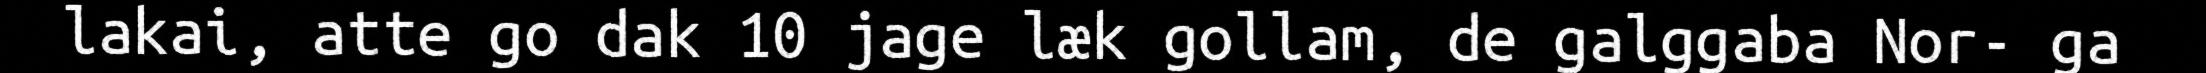
lakai, atte go dak 10 jage læk gollam, de galggaba Nor- ga